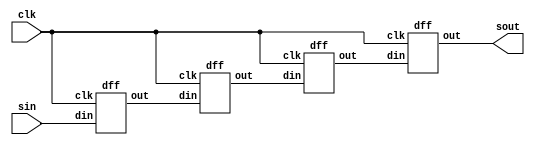
`timescale 1ns / 1ps


module SISO_Dff(sin, sout, clk);
input sin, clk;
output sout;
wire [2:0]w;

dff d1(sin, clk, w[0]);
dff d2(w[0], clk, w[1]);
dff d3(w[1], clk, w[2]);
dff d4(w[2], clk, sout);
endmodule

module dff( din, clk, out);
input din,clk;
output reg out;

always @(posedge clk) begin
 out <= din ;
end
endmodule